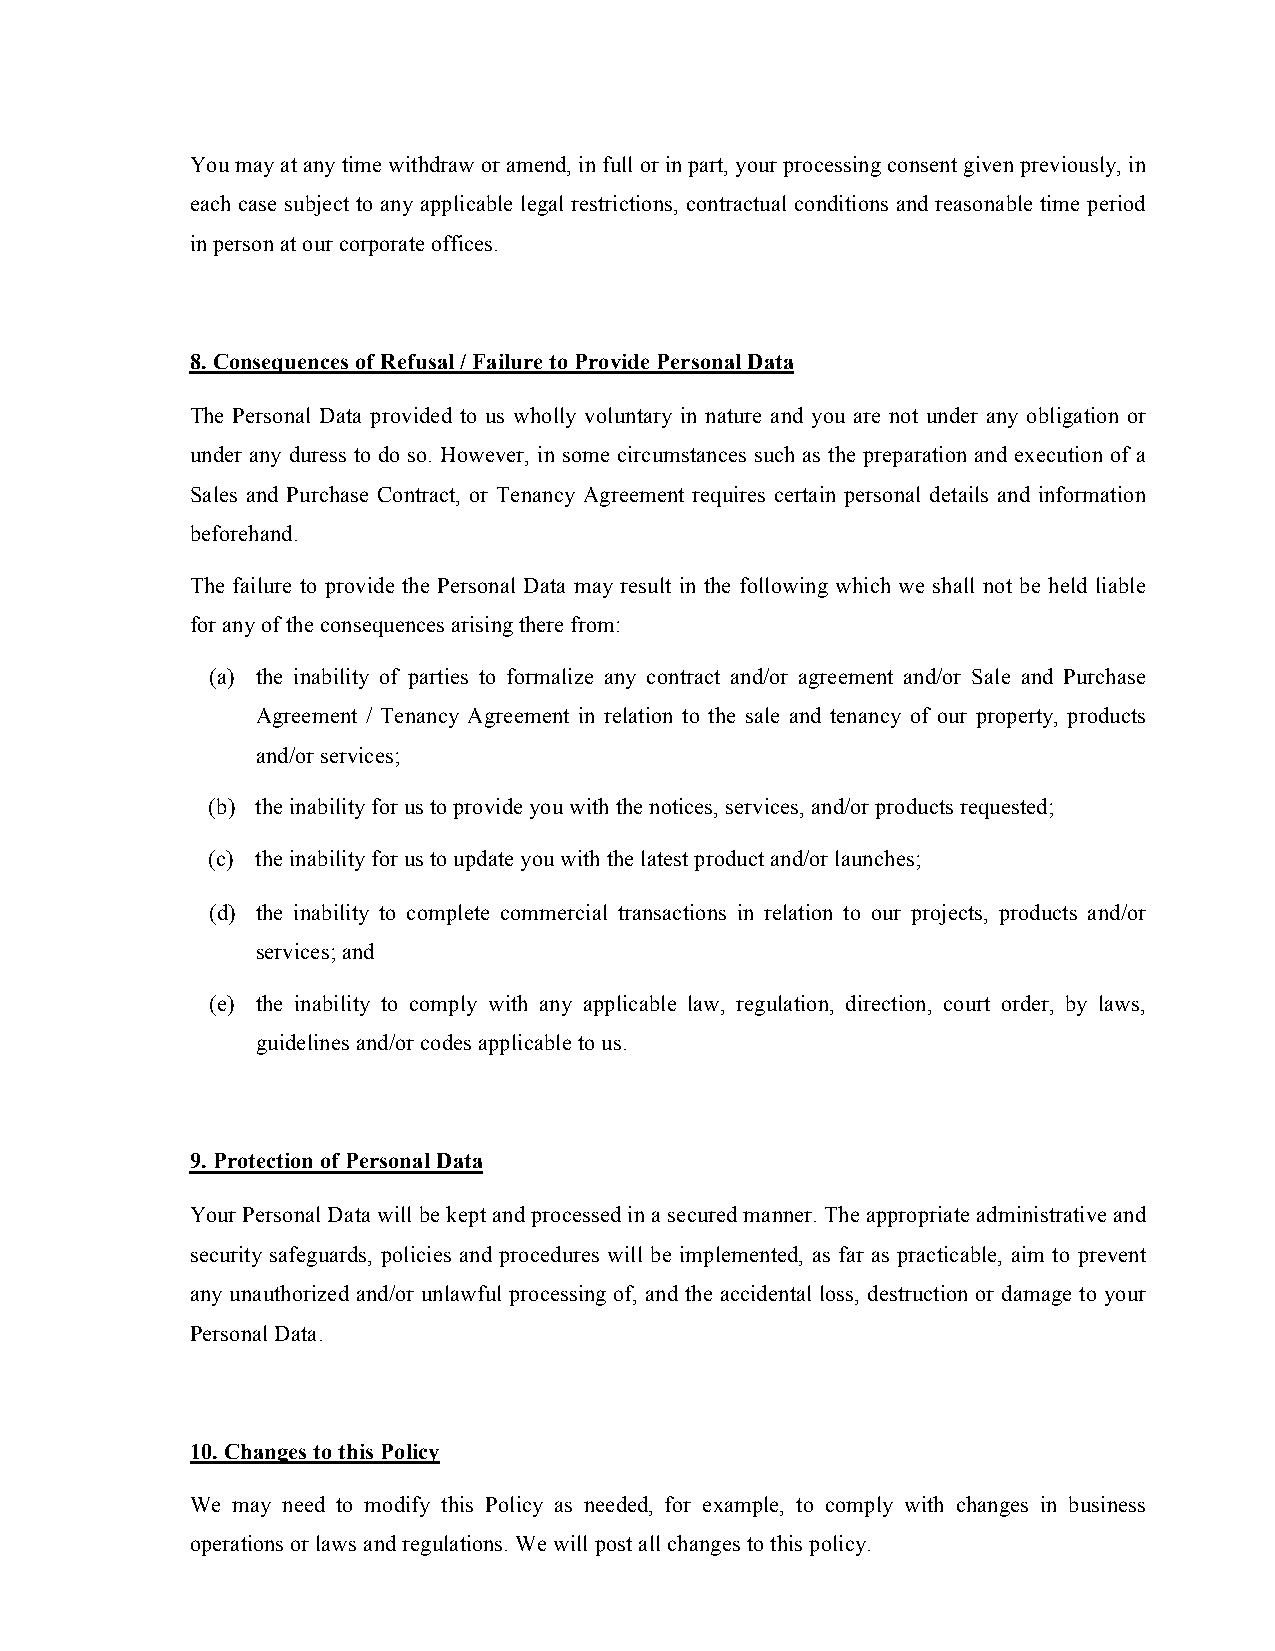
You may at any time withdraw or amend, in full or in part, your processing consent given previously, in
 each case subject to any applicable legal restrictions, contractual conditions and reasonable time period
 in person at our corporate offices.
 8. Consequences of Refusal / Failure to Provide Personal Data
 The Personal Data provided to us wholly voluntary in nature and you are not under any obligation or
 under any duress to do so. However, in some circumstances such as the preparation and execution of a
 Sales and Purchase Contract, or Tenancy Agreement requires certain personal details and information
 beforehand.
 The failure to provide the Personal Data may result in the following which we shall not be held liable
 for any of the consequences arising there from:
 (a) the inability of parties to formalize any contract and/or agreement and/or Sale and Purchase
 Agreement / Tenancy Agreement in relation to the sale and tenancy of our property, products
 and/or services;
 (b) the inability for us to provide you with the notices, services, and/or products requested;
 (c) the inability for us to update you with the latest product and/or launches;
 (d) the inability to complete commercial transactions in relation to our projects, products and/or
 services; and
 (e) the inability to comply with any applicable law, regulation, direction, court order, by laws,
 guidelines and/or codes applicable to us.
 9. Protection of Personal Data
 Your Personal Data will be kept and processed in a secured manner. The appropriate administrative and
 security safeguards, policies and procedures will be implemented, as far as practicable, aim to prevent
 any unauthorized and/or unlawful processing of, and the accidental loss, destruction or damage to your
 Personal Data.
 10. Changes to this Policy
 We may need to modify this Policy as needed, for example, to comply with changes in business
 operations or laws and regulations. We will post all changes to this policy.